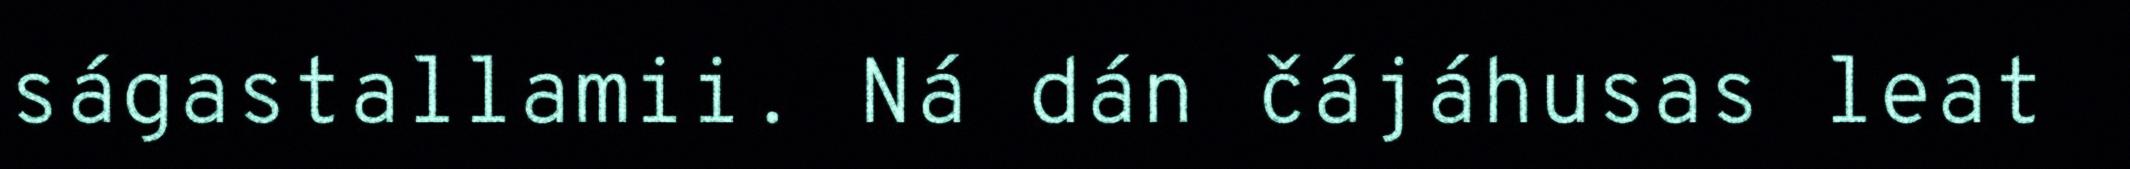
ságastallamii. Ná dán čájáhusas leat